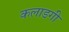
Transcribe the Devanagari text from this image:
कलाडगी